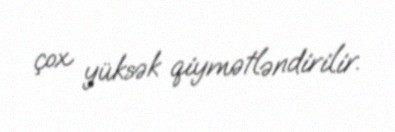
çox yüksək qiymətləndirilir.